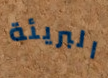
البريئة